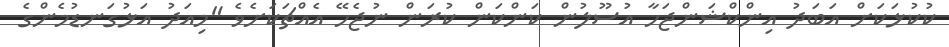
ކުކުޅަކަށް އަބަދު އިންކްޝަންޖަހާ އުސޫލުން ކަންކަން ކުރަން ނުޖެހޭ އެއްޗަކަށެވެ "މިއަދު އަޅުގަނޑުމެންގެ